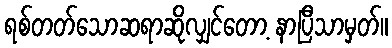
ရစ်တတ်သောဆရာဆိုလျှင်တော့ နာပြီသာမှတ်။